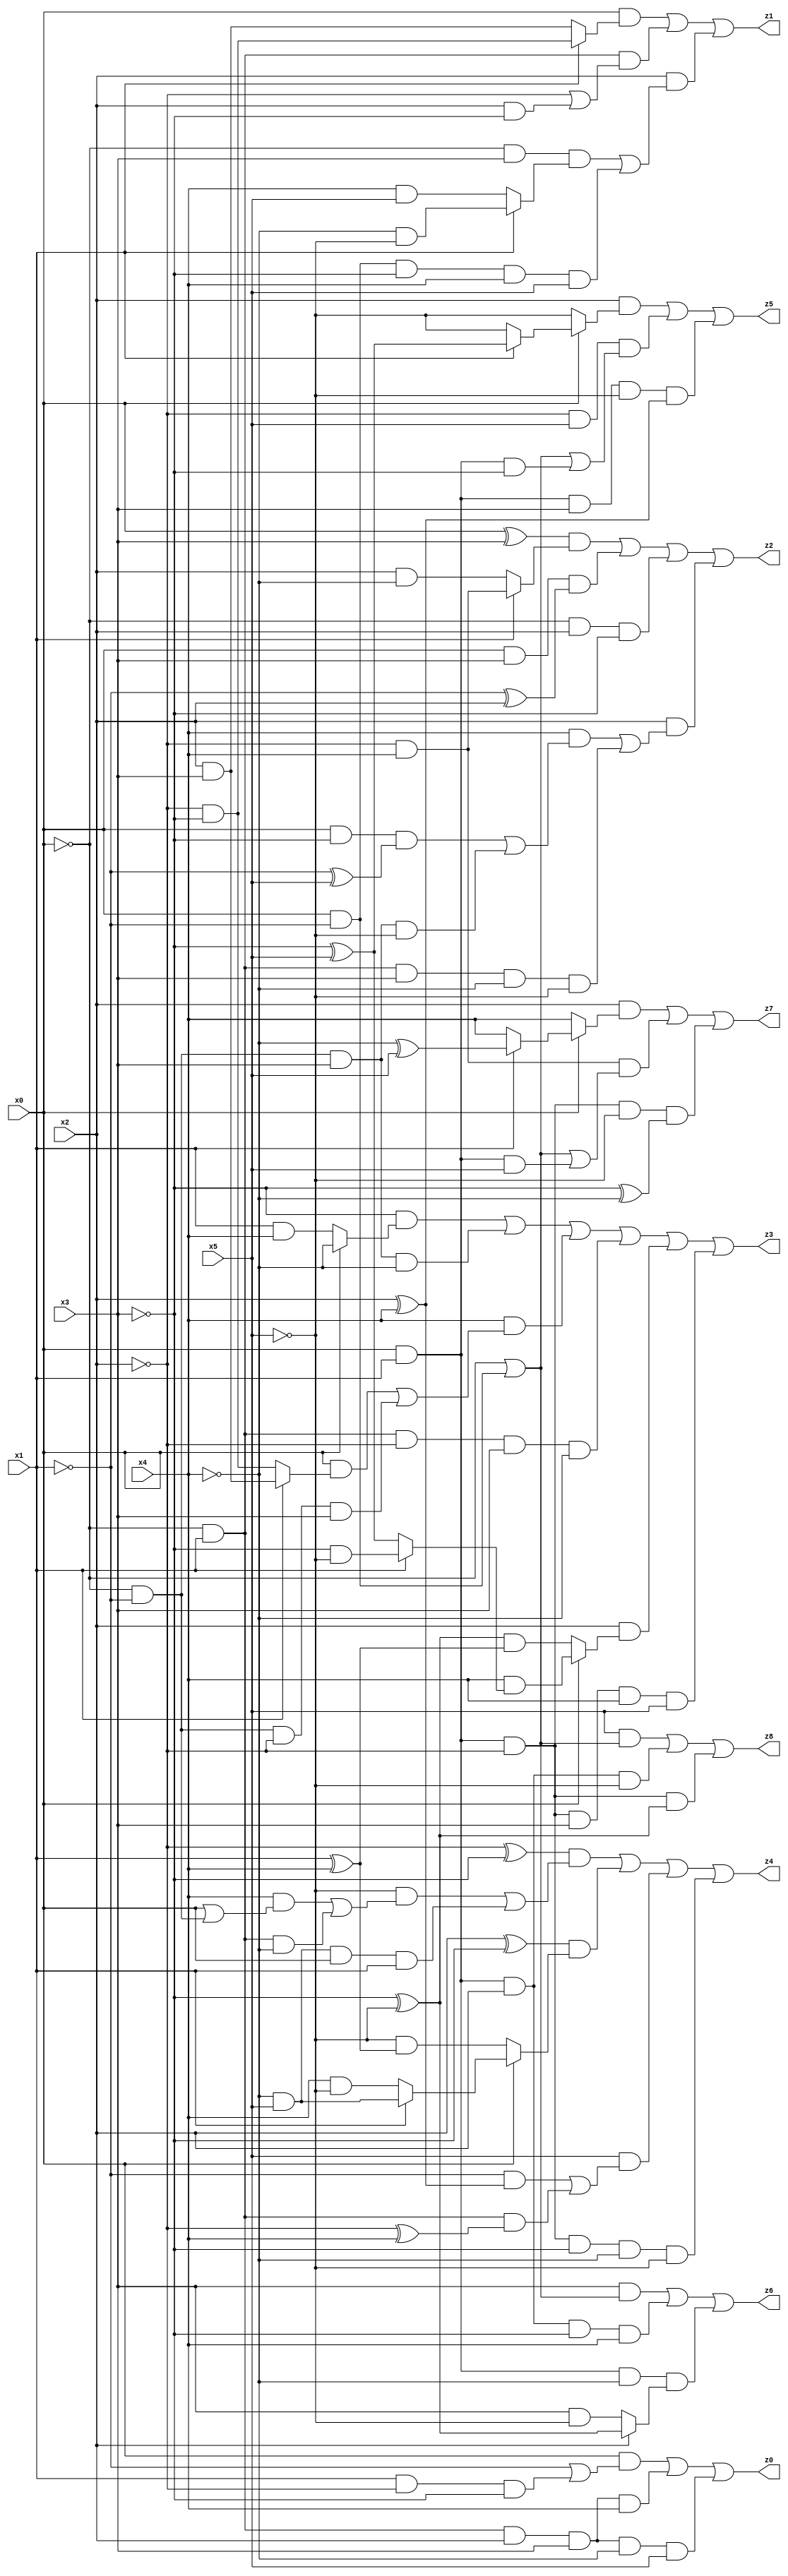
// Benchmark "X_38" written by ABC on Tue Jun 06 22:24:31 2023

module X_38 ( 
    x0, x1, x2, x3, x4, x5,
    z0, z1, z2, z3, z4, z5, z6, z7, z8  );
  input  x0, x1, x2, x3, x4, x5;
  output z0, z1, z2, z3, z4, z5, z6, z7, z8;
  assign z0 = (x0 & (~x1 | (x1 & ~x2 & ~x3))) | (~x0 & x1 & x2 & x3 & x4) | (~x0 & x1 & x2 & x3 & ~x4 & x5);
  assign z1 = (x0 & (x1 ? (~x2 & ~x3) : (x2 & x3))) | (~x0 & x1 & (~x2 | (x2 & ~x3))) | (x2 & ((~x0 & x3 & (x1 ? (~x4 & ~x5) : (x4 & x5))) | (x0 & ~x1 & ~x3 & x4 & x5)));
  assign z2 = ((x0 ^ x3) & (x1 ? (~x2 & x4) : (x2 & ~x4))) | (x0 & x3 & (~x1 ^ x2)) | (~x0 & x2 & ~x3) | (x2 & ((x4 & ((x0 & ~x3 & (~x1 ^ x5)) | (~x0 & ~x1 & x3 & ~x5))) | (~x0 & x1 & x3 & ~x4 & ~x5)));
  assign z3 = (~x3 & (x0 ? ~x4 : (x1 & x4))) | (~x0 & ~x1 & x3 & ~x4) | (x4 & ((x0 & (x1 ? (x2 & x3) : (~x2 & ~x3))) | (~x0 & ~x1 & ~x2 & x3))) | (~x0 & x1 & ~x2 & x3 & ~x4) | (x2 & (x0 ? (x4 & (x1 ? (~x3 & ~x5) : (~x3 ^ x5))) : ((~x3 ^ ~x5) & (x1 ^ x4)))) | (x0 & x1 & ~x2 & x3 & x4 & x5);
  assign z4 = ((~x2 ^ ~x3) & ((~x5 & ((x4 & (x0 | (~x0 & ~x1))) | (~x0 & x1 & ~x4))) | (~x4 & x5 & x0 & x1))) | ((x2 ^ ~x3) & (x0 ? (x1 ? (~x4 & x5) : (x4 & ~x5)) : (~x5 & (x1 ^ x4)))) | (x5 & ((~x1 & (x2 ^ x4)) | (~x0 & x1 & (~x2 ^ x4)))) | (x0 & x1 & ~x2 & ~x3 & ~x4 & ~x5);
  assign z5 = (x2 & (x0 ? (x1 ? (~x3 ^ x5) : ~x5) : ~x5)) | (~x2 & x5 & (~x0 | (x0 & ~x1) | (x0 & x1 & ~x3))) | (x0 & x1 & x3 & ~x5 & (x2 ^ x4));
  assign z6 = (x3 & (~x0 | (x0 & ~x1))) | (x0 & x1 & x2 & ~x3 & x4) | (x0 & x1 & ~x4 & (x2 ? (~x3 ^ ~x5) : (x3 & ~x5)));
  assign z7 = (x2 & (x0 ? (x1 ? (~x4 ^ x5) : x4) : x4)) | (~x2 & x4 & (~x0 | (x0 & ~x1) | (x0 & x1 & x5))) | (x0 & x1 & ~x2 & ~x5 & (~x3 ^ ~x4));
  assign z8 = (x5 & (~x0 | (x0 & ~x1))) | (x0 & x1 & x2 & ~x5) | (x0 & x1 & ~x2 & (~x3 ^ ~x5));
endmodule